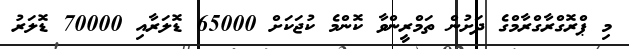
މި ޕްރޮގްރާގްރާމްގެ ދަށުން ތަމްރީންވާ ކޮންމެ ކުޖަކަށް 65000 ޑޮލަރާއި 70000 ޑޮލަރު